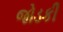
જોડકી